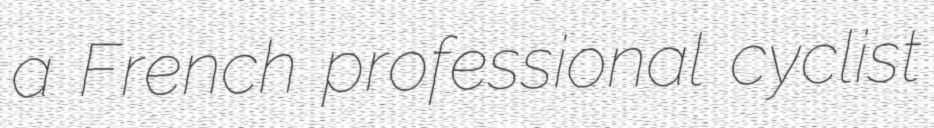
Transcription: a French professional cyclist